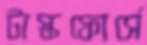
টাস্কফোর্সে